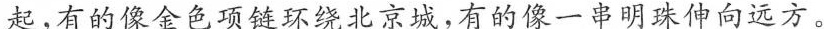
起，有的像金色项链环绕北京城，有的像一串明珠伸向远方。